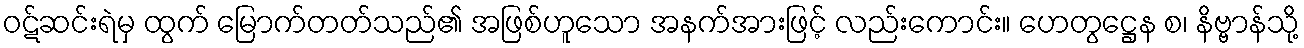
ဝဋ်ဆင်းရဲမှ ထွက် မြောက်တတ်သည်၏ အဖြစ်ဟူသော အနက်အားဖြင့် လည်းကောင်း။ ဟေတွဋ္ဌေန စ၊ နိဗ္ဗာန်သို့